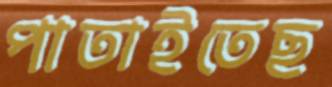
পাতাইতেছ